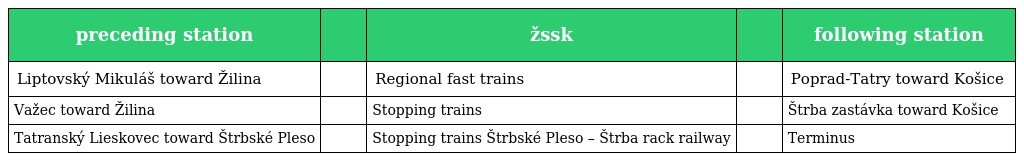
| preceding station |  | žssk |  | following station |
 | --- | --- | --- | --- | --- |
 | Liptovský Mikuláš toward Žilina |  | Regional fast trains |  | Poprad-Tatry toward Košice |
 | Važec toward Žilina |  | Stopping trains |  | Štrba zastávka toward Košice |
 | Tatranský Lieskovec toward Štrbské Pleso |  | Stopping trains Štrbské Pleso – Štrba rack railway |  | Terminus |